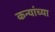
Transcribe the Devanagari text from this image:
कन्यांच्या